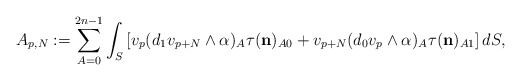
\begin{align*} A_{p,N}:=\sum_{A=0}^{2n-1} \int_S \left[v_p(d_1v_{p+N}\wedge\alpha)_A \tau( \mathbf{{n}})_{A0}+v_{p+N} (d_0 v_p\wedge\alpha)_A \tau( \mathbf{{n}})_{A1}\right]dS, \end{align*}